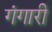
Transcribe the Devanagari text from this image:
गंगारी